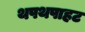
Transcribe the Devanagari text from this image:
थपथपाहट